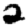
Digit: 2